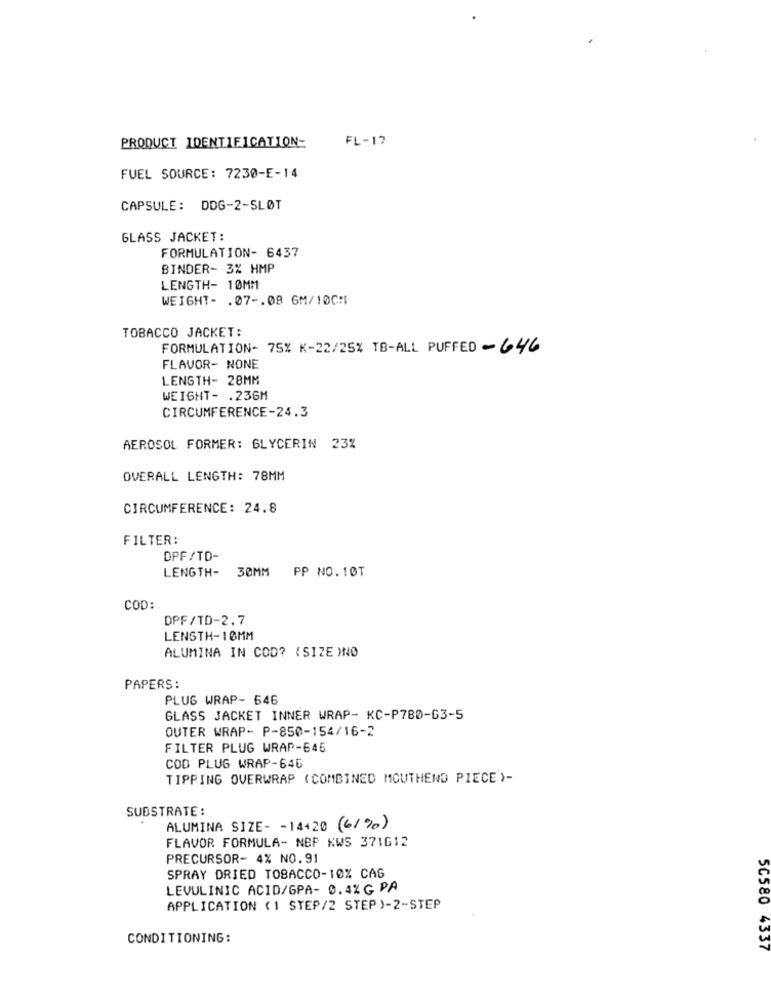
PRODUCT IDENTIFICATION-
FL-17
FUEL SOURCE: 7230-E-14
CAPSULE: DDG-2-SLØT
GLASS JACKET:
FORMULATION- 6437
BINDER- 3% HMP
LENGTH- 10MM
WEIGHT- . 07 -. 08 GM/10C:
TOBACCO JACKET:
FORMULATION- 75% K-22/25% TB-ALL PUFFED - 646
FLAVOR- NONE
LENGTH- 28MM
WEIGHT- . 236M
CIRCUMFERENCE-24.3
AEROSOL FORMER: GLYCERIN 23%
OVERALL LENGTH: 78MM
CIRCUMFERENCE: 24.8
FILTER:
DPF/TD-
LENGTH-
30MM
PP NO.10T
COD:
DPF/TD-2.7
LENGTH-10MM
ALUMINA IN COD? (SIZE )NO
PAPERS:
PLUG WRAP- 646
GLASS JACKET INNER WRAP- KC-P780-63-5
OUTER WRAP- P-850-154/16-2
FILTER PLUG WRAP-645
COD PLUG WRAP-646
TIPPING OVERWRAP (COMBINED MOUTHEND PIECE')-
SUBSTRATE :
ALUMINA SIZE- - 14420 (61%)
FLAVOR FORMULA- NBP KWS 371612
PRECURSOR- 4% NO.91
SPRAY DRIED TOBACCO-10% CAG
LEVULINIC ACID/GPA- 0.4% G PA
APPLICATION ( 1 STEP/2 STEP )-2-STEP
CONDITIONING:
50580 4337